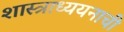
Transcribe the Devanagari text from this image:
शास्त्राध्ययनाची